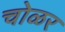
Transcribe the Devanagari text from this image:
चोळर